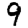
Digit: 9